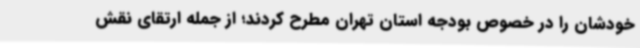
خودشان را در خصوص بودجه استان تهران مطرح کردند؛ از جمله ارتقای نقش